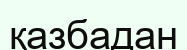
қазбадан